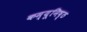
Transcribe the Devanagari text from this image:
कम्यूनिष्ठ